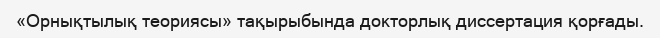
«Орнықтылық теориясы» тақырыбында докторлық диссертация қорғады.